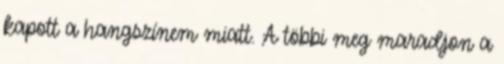
kapott a hangszínem miatt. A többi meg maradjon a